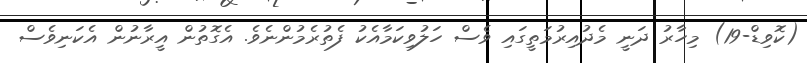
(ކޮވިޑް-19) މިހާރު ދަނީ މެދުއިރުމަތީގައި ވެސް ހަލުވިކަމާއެކު ފެތުރެމުންނެވެ. އެގޮތުން އީރާނުން އެކަނިވެސް